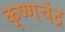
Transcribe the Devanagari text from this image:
कृष्‍णचंद्र